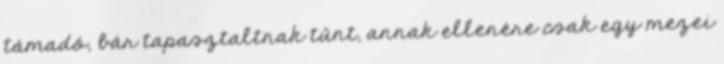
támadó, bár tapasztaltnak tűnt, annak ellenére csak egy mezei